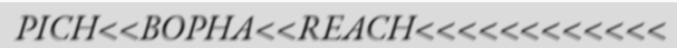
PICH<<BOPHA<<REACH<<<<<<<<<<<<